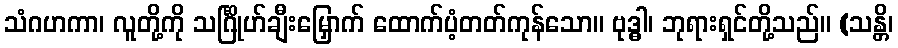
သံဂဟကာ၊ လူတို့ကို သင်္ဂြိုဟ်ချီးမြှောက် ထောက်ပံ့တတ်ကုန်သော။ ဗုဒ္ဓါ၊ ဘုရားရှင်တို့သည်။ (သန္တိ၊